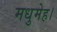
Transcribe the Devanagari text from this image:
मधुमेह।